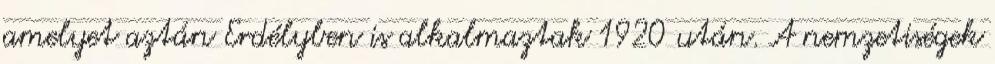
amelyet aztán Erdélyben is alkalmaztak 1920 után. A nemzetiségek